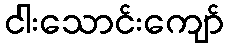
ငါးသောင်းကျော်